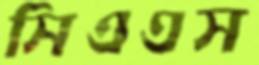
সিএএস